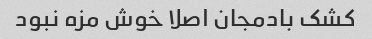
کشک بادمجان اصلا خوش مزه نبود